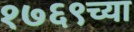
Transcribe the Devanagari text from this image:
१७६९च्या